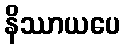
နိဿာယပေ